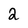
Character: 2